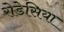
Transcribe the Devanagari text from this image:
रोडेसिया